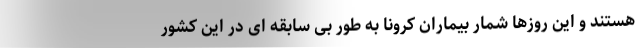
هستند و این روزها شمار بیماران کرونا به طور بی سابقه ای در این کشور